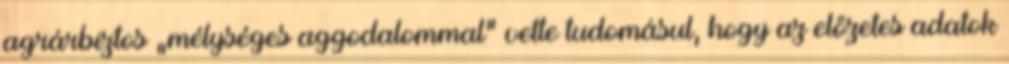
agrárbiztos „mélységes aggodalommal” vette tudomásul, hogy az előzetes adatok